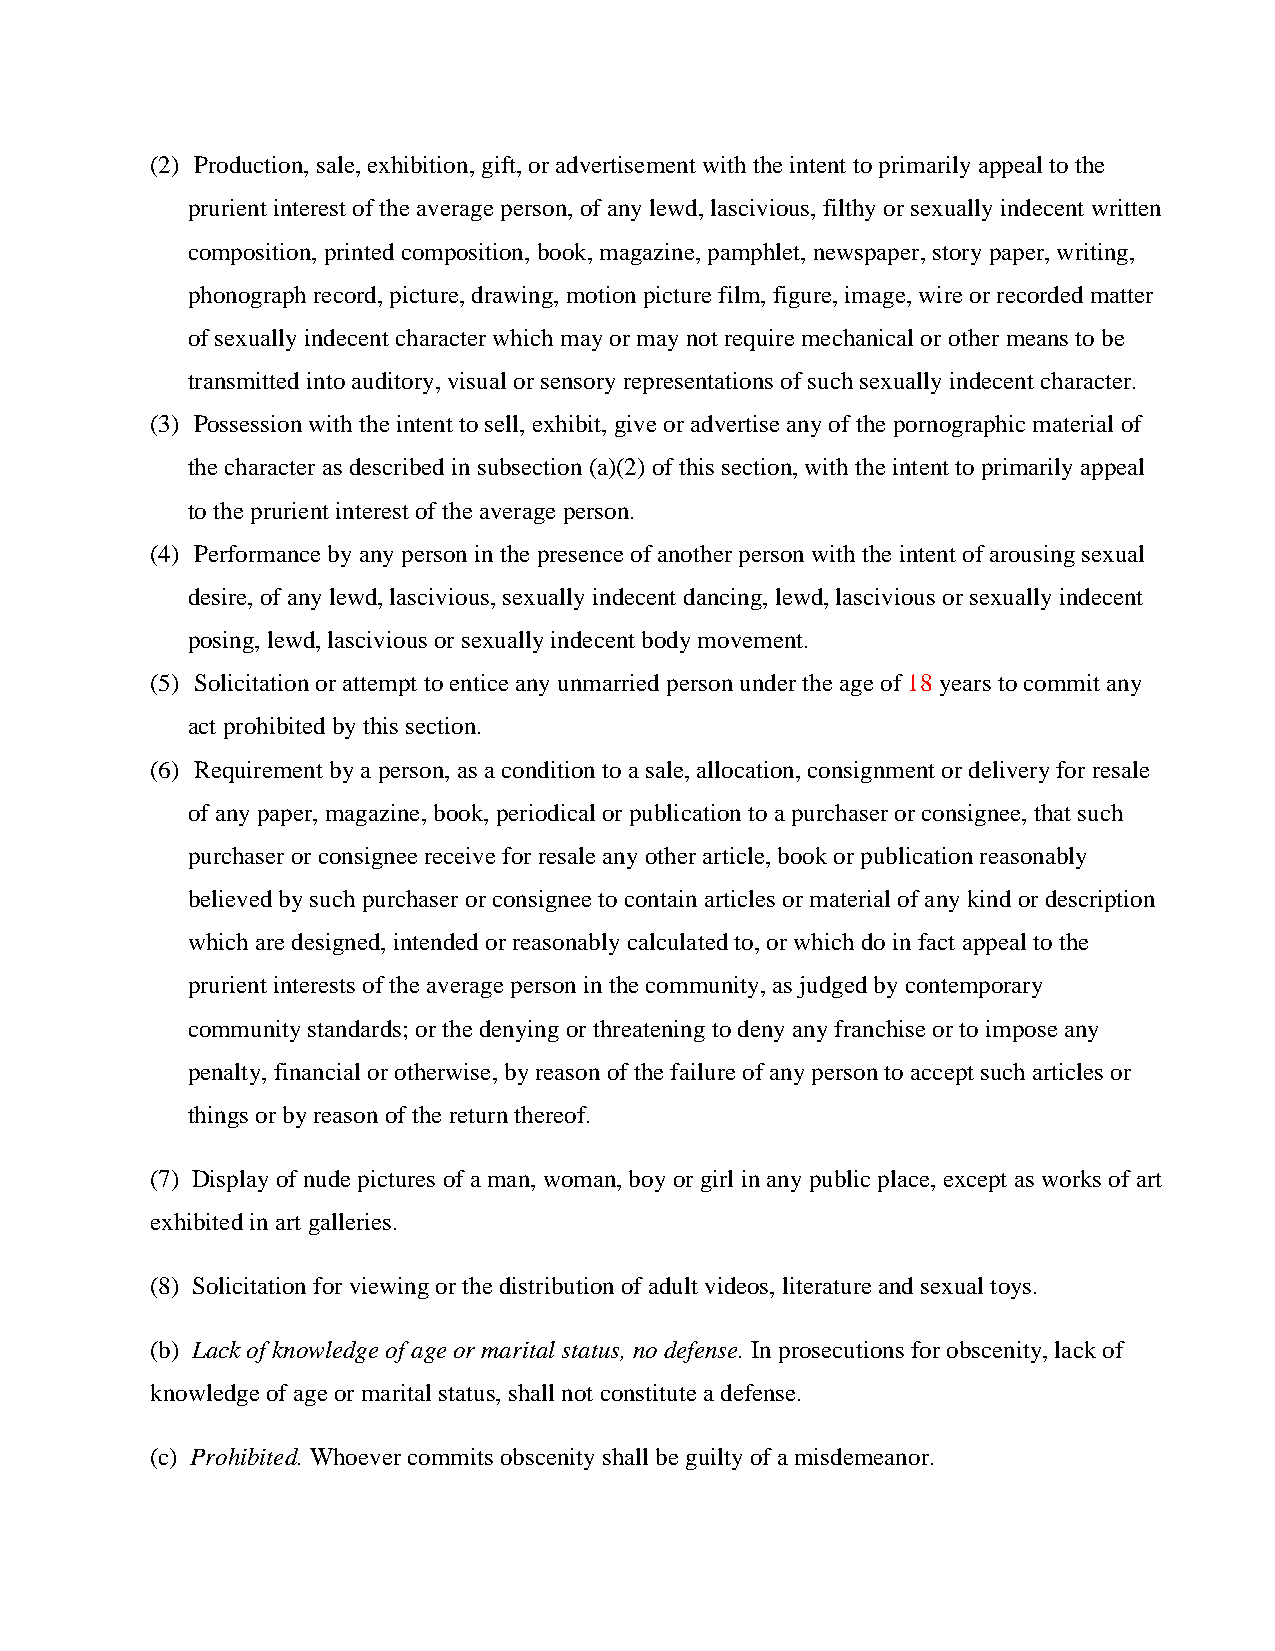
(2) Production, sale, exhibition, gift, or advertisement with the intent to primarily appeal to the
 prurient interest of the average person, of any lewd, lascivious, filthy or sexually indecent written
 composition, printed composition, book, magazine, pamphlet, newspaper, story paper, writing,
 phonograph record, picture, drawing, motion picture film, figure, image, wire or recorded matter
 of sexually indecent character which may or may not require mechanical or other means to be
 transmitted into auditory, visual or sensory representations of such sexually indecent character.
 (3) Possession with the intent to sell, exhibit, give or advertise any of the pornographic material of
 the character as described in subsection (a)(2) of this section, with the intent to primarily appeal
 to the prurient interest of the average person.
 (4) Performance by any person in the presence of another person with the intent of arousing sexual
 desire, of any lewd, lascivious, sexually indecent dancing, lewd, lascivious or sexually indecent
 posing, lewd, lascivious or sexually indecent body movement.
 (5) Solicitation or attempt to entice any unmarried person under the age of 18 years to commit any
 act prohibited by this section.
 (6) Requirement by a person, as a condition to a sale, allocation, consignment or delivery for resale
 of any paper, magazine, book, periodical or publication to a purchaser or consignee, that such
 purchaser or consignee receive for resale any other article, book or publication reasonably
 believed by such purchaser or consignee to contain articles or material of any kind or description
 which are designed, intended or reasonably calculated to, or which do in fact appeal to the
 prurient interests of the average person in the community, as judged by contemporary
 community standards; or the denying or threatening to deny any franchise or to impose any
 penalty, financial or otherwise, by reason of the failure of any person to accept such articles or
 things or by reason of the return thereof.
 (7) Display of nude pictures of a man, woman, boy or girl in any public place, except as works of art
 exhibited in art galleries.
 (8) Solicitation for viewing or the distribution of adult videos, literature and sexual toys.
 (b) Lack of knowledge of age or marital status, no defense. In prosecutions for obscenity, lack of
 knowledge of age or marital status, shall not constitute a defense.
 (c) Prohibited. Whoever commits obscenity shall be guilty of a misdemeanor.